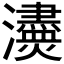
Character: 𤄸